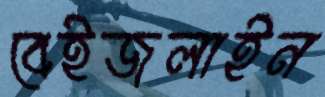
বেইজলাইন